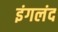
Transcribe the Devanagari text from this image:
इंगलंद